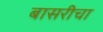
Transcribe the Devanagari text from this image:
बासरीचा